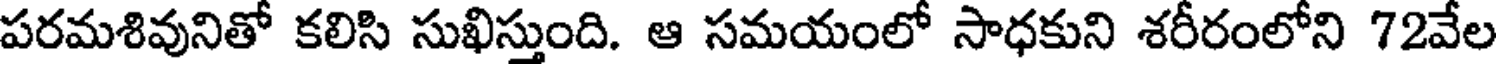
పరమశివునితో కలిసి సుఖిస్తుంది. ఆ సమయంలో సాధకుని శరీరంలోని 72వేల